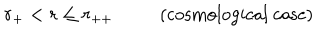
r _ { + } < r \leq r _ { + + } \ \mathrm { ~ ( c o s m o l o g i c a l ~ c a s e ) }